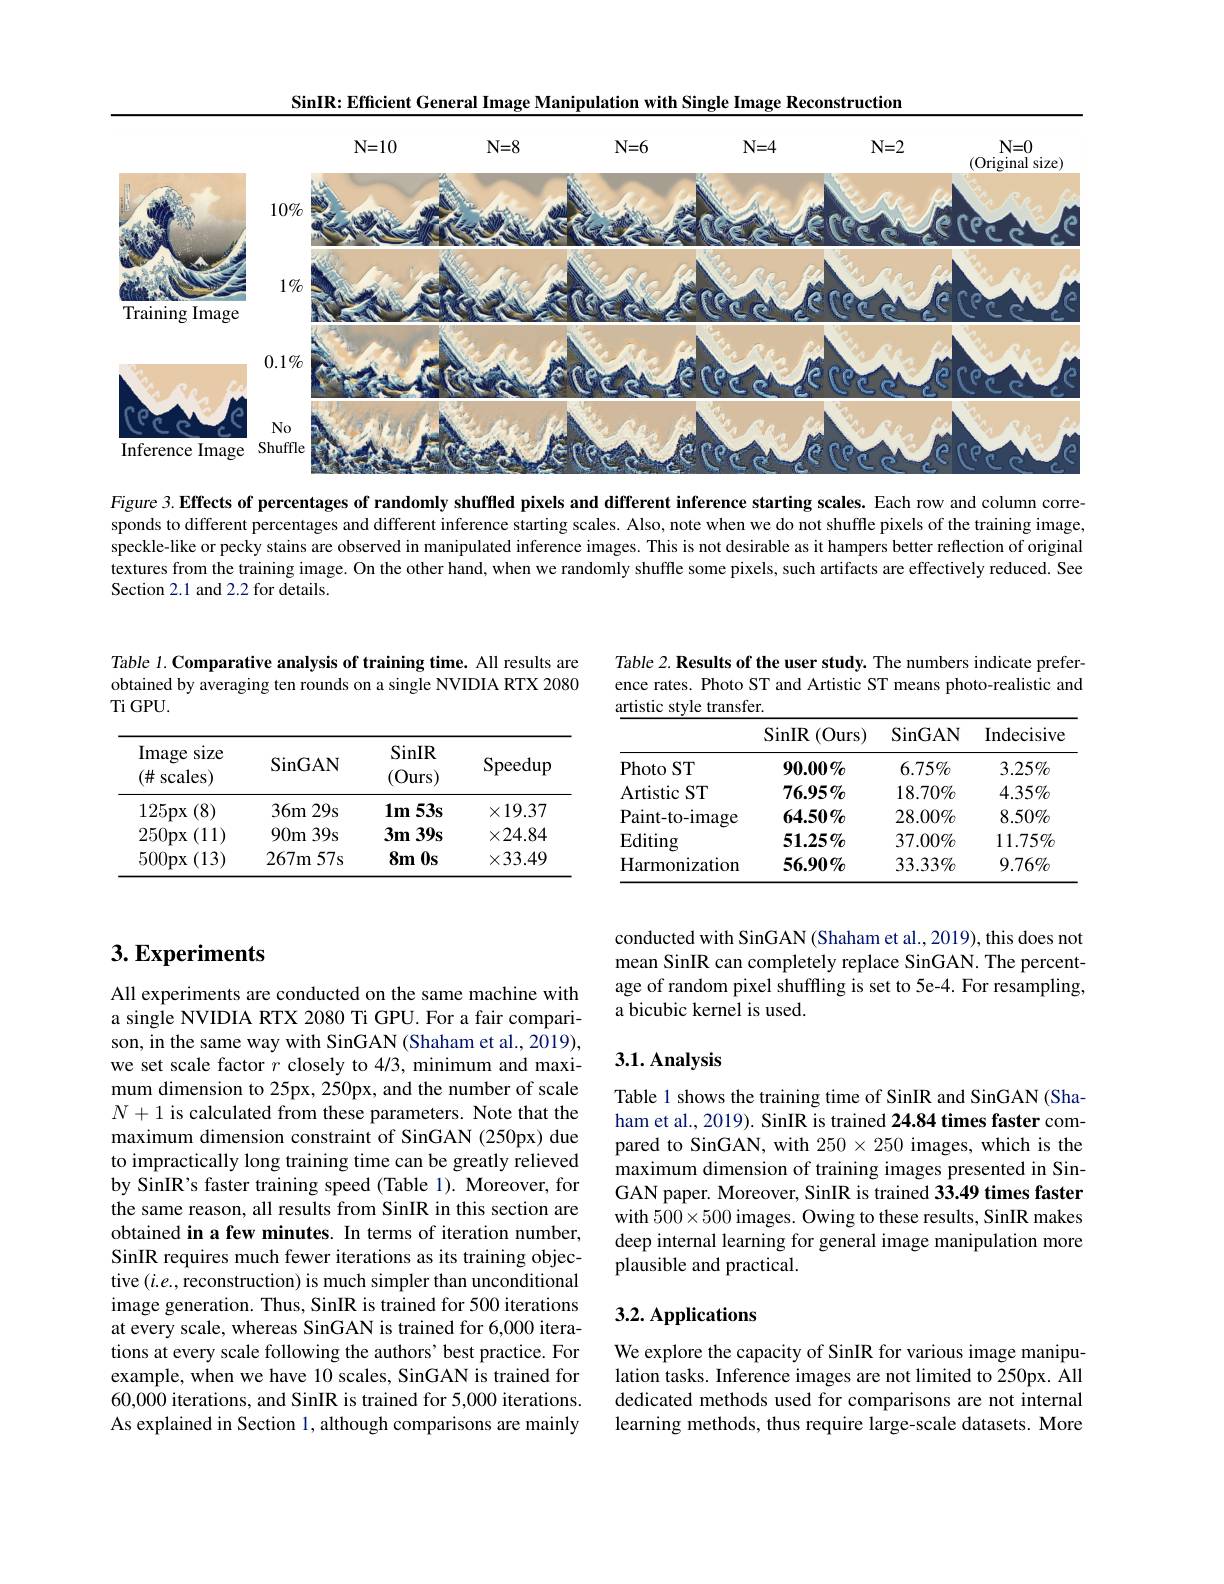
SinIR: Efficient General Image Manipulation with Single Image Reconstruction

<FigureHere>

Figure 3. Effects of percentages of randomly shuffled pixels and different inference starting scales. Each row and column corresponds to different percentages and different inference starting scales. Also, note when we do not shuffle pixels of the training image, speckle-like or pecky stains are observed in manipulated inference images. This is not desirable as it hampers better reflection of original textures from the training image. On the other hand, when we randomly shuffle some pixels, such artifacts are effectively reduced. See Section 2.1 and 2.2 for details.

Table 1. Comparative analysis of training time. All results are obtained by averaging ten rounds on a single NVIDIA RTX 2080 $\operatorname{Ti}\operatorname{GPU}.$

<table>
	<tbody>
		<tr>
			<th>Image size $(\#:$ scales)</th>
			<th>$\operatorname{SinGAN}$</th>
			<th>SinIR (Ours)</th>
			<th>Speedup</th>
		</tr>
		<tr>
			<td>(8) 125px</td>
			<td>$29s$ $36m$</td>
			<td>$1m$ $53s$</td>
			<td>$\times19.37$</td>
		</tr>
		<tr>
			<td>250px (11)</td>
			<td>$90m$ $139s$</td>
			<td>$3m$ $39s$</td>
			<td>$\times24.84$</td>
		</tr>
		<tr>
			<td>(13) 500px</td>
			<td>267m 57s</td>
			<td>$8m$ $0\mathbf{s}$</td>
			<td>$\times33.49$</td>
		</tr>
	</tbody>
</table>

## $3. \textbf{Experiments}$

All experiments are conducted on the same machine with a single NVIDIA RTX 2080 Ti GPU. For a fair comparison, in the same way with SinGAN (Shaham et al., 2019), we set scale factor $r$ closely to 4/3, minimum and maximum dimension to 25px, 250px, and the number of scale $N+1$ is calculated from these parameters. Note that the maximum dimension constraint of SinGAN (250px) due to impractically long training time can be greatly relieved by SinIR's faster training speed (Table 1). Moreover, for the same reason, all results from SinIR in this section are obtained in a few minutes. In terms of iteration number, SinIR requires much fewer iterations as its training objective $(i.e.$,reconstruction) is much simpler than unconditional image generation. Thus, SinIR is trained for 500 iterations at every scale, whereas SinGAN is trained for 6,000 iterations at every scale following the authors' best practice. For example, when we have 10 scales, SinGAN is trained for 60,000 iterations, and SinIR is trained for 5,000 iterations. As explained in Section 1, although comparisons are mainly

Table 2. Results of the user study. The numbers indicate preference rates. Photo ST and Artistic ST means photo-realistic and artistic style transfer.

<table>
	<tbody>
		<tr>
			<th> </th>
			<th>SinIR :(Ours)</th>
			<th>$\operatorname{SinGAN}$</th>
			<th>Indecisive</th>
		</tr>
		<tr>
			<td>Photo ST</td>
			<td>$90.00\%$</td>
			<td>$6.75\%$</td>
			<td>$3.25\%$</td>
		</tr>
		<tr>
			<td>ArtisticST</td>
			<td>$76.95\%$</td>
			<td>$18.70\%$</td>
			<td>$4.35\%$</td>
		</tr>
		<tr>
			<td>Paint- to- image</td>
			<td>64.50%</td>
			<td>$28.00\%$</td>
			<td>$8.50\%$</td>
		</tr>
		<tr>
			<td>$\mathbf{Editing}$</td>
			<td>$51.25\%$</td>
			<td>$37.00\%$</td>
			<td>$11.75\%$</td>
		</tr>
		<tr>
			<td>Harmonization</td>
			<td>$56.90\%$</td>
			<td>$33.33\%$</td>
			<td>$9.76\%$</td>
		</tr>
	</tbody>
</table>

conducted with SinGAN (Shaham et al., 2019), this does not mean SinIR can completely replace SinGAN. The percentage of random pixel shuffling is set to 5e-4. For resampling, a bicubic kernel is used.

### 3.1. Analysis

Table 1 shows the training time of SinIR and SinGAN (Shaham et al., 2019). SinIR is trained 24.84 times faster compared to SinGAN, with $250\times250$ images, which is the maximum dimension of training images presented in SinGAN paper. Moreover, SinIR is trained 33.49 times faster with $500\times500$ images. Owing to these results, SinIR makes deep internal learning for general image manipulation more plausible and practical.

## 3.2. Applications

We explore the capacity of SinIR for various image manipulation tasks. Inference images are not limited to 250px. All dedicated methods used for comparisons are not internal learning methods, thus require large-scale datasets. More